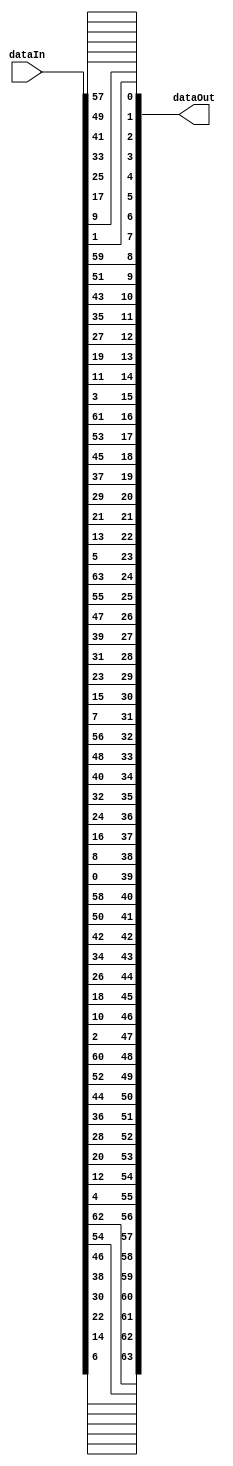
module InitialPermutation(input [0:63] dataIn, output [0:63] dataOut);
    assign dataOut[ 0] = dataIn[57];
    assign dataOut[ 1] = dataIn[49];
    assign dataOut[ 2] = dataIn[41];
    assign dataOut[ 3] = dataIn[33];
    assign dataOut[ 4] = dataIn[25];
    assign dataOut[ 5] = dataIn[17];
    assign dataOut[ 6] = dataIn[ 9];
    assign dataOut[ 7] = dataIn[ 1];
    assign dataOut[ 8] = dataIn[59];
    assign dataOut[ 9] = dataIn[51];
    assign dataOut[10] = dataIn[43];
    assign dataOut[11] = dataIn[35];
    assign dataOut[12] = dataIn[27];
    assign dataOut[13] = dataIn[19];
    assign dataOut[14] = dataIn[11];
    assign dataOut[15] = dataIn[ 3];
    assign dataOut[16] = dataIn[61];
    assign dataOut[17] = dataIn[53];
    assign dataOut[18] = dataIn[45];
    assign dataOut[19] = dataIn[37];
    assign dataOut[20] = dataIn[29];
    assign dataOut[21] = dataIn[21];
    assign dataOut[22] = dataIn[13];
    assign dataOut[23] = dataIn[ 5];
    assign dataOut[24] = dataIn[63];
    assign dataOut[25] = dataIn[55];
    assign dataOut[26] = dataIn[47];
    assign dataOut[27] = dataIn[39];
    assign dataOut[28] = dataIn[31];
    assign dataOut[29] = dataIn[23];
    assign dataOut[30] = dataIn[15];
    assign dataOut[31] = dataIn[ 7];
    assign dataOut[32] = dataIn[56];
    assign dataOut[33] = dataIn[48];
    assign dataOut[34] = dataIn[40];
    assign dataOut[35] = dataIn[32];
    assign dataOut[36] = dataIn[24];
    assign dataOut[37] = dataIn[16];
    assign dataOut[38] = dataIn[ 8];
    assign dataOut[39] = dataIn[ 0];
    assign dataOut[40] = dataIn[58];
    assign dataOut[41] = dataIn[50];
    assign dataOut[42] = dataIn[42];
    assign dataOut[43] = dataIn[34];
    assign dataOut[44] = dataIn[26];
    assign dataOut[45] = dataIn[18];
    assign dataOut[46] = dataIn[10];
    assign dataOut[47] = dataIn[ 2];
    assign dataOut[48] = dataIn[60];
    assign dataOut[49] = dataIn[52];
    assign dataOut[50] = dataIn[44];
    assign dataOut[51] = dataIn[36];
    assign dataOut[52] = dataIn[28];
    assign dataOut[53] = dataIn[20];
    assign dataOut[54] = dataIn[12];
    assign dataOut[55] = dataIn[ 4];
    assign dataOut[56] = dataIn[62];
    assign dataOut[57] = dataIn[54];
    assign dataOut[58] = dataIn[46];
    assign dataOut[59] = dataIn[38];
    assign dataOut[60] = dataIn[30];
    assign dataOut[61] = dataIn[22];
    assign dataOut[62] = dataIn[14];
    assign dataOut[63] = dataIn[ 6];
endmodule
module FinalPermutation(input [0:63] dataIn, output [0:63] dataOut);
    assign dataOut[ 0] = dataIn[39];
    assign dataOut[ 1] = dataIn[ 7];
    assign dataOut[ 2] = dataIn[47];
    assign dataOut[ 3] = dataIn[15];
    assign dataOut[ 4] = dataIn[55];
    assign dataOut[ 5] = dataIn[23];
    assign dataOut[ 6] = dataIn[63];
    assign dataOut[ 7] = dataIn[31];
    assign dataOut[ 8] = dataIn[38];
    assign dataOut[ 9] = dataIn[ 6];
    assign dataOut[10] = dataIn[46];
    assign dataOut[11] = dataIn[14];
    assign dataOut[12] = dataIn[54];
    assign dataOut[13] = dataIn[22];
    assign dataOut[14] = dataIn[62];
    assign dataOut[15] = dataIn[30];
    assign dataOut[16] = dataIn[37];
    assign dataOut[17] = dataIn[ 5];
    assign dataOut[18] = dataIn[45];
    assign dataOut[19] = dataIn[13];
    assign dataOut[20] = dataIn[53];
    assign dataOut[21] = dataIn[21];
    assign dataOut[22] = dataIn[61];
    assign dataOut[23] = dataIn[29];
    assign dataOut[24] = dataIn[36];
    assign dataOut[25] = dataIn[ 4];
    assign dataOut[26] = dataIn[44];
    assign dataOut[27] = dataIn[12];
    assign dataOut[28] = dataIn[52];
    assign dataOut[29] = dataIn[20];
    assign dataOut[30] = dataIn[60];
    assign dataOut[31] = dataIn[28];
    assign dataOut[32] = dataIn[35];
    assign dataOut[33] = dataIn[ 3];
    assign dataOut[34] = dataIn[43];
    assign dataOut[35] = dataIn[11];
    assign dataOut[36] = dataIn[51];
    assign dataOut[37] = dataIn[19];
    assign dataOut[38] = dataIn[59];
    assign dataOut[39] = dataIn[27];
    assign dataOut[40] = dataIn[34];
    assign dataOut[41] = dataIn[ 2];
    assign dataOut[42] = dataIn[42];
    assign dataOut[43] = dataIn[10];
    assign dataOut[44] = dataIn[50];
    assign dataOut[45] = dataIn[18];
    assign dataOut[46] = dataIn[58];
    assign dataOut[47] = dataIn[26];
    assign dataOut[48] = dataIn[33];
    assign dataOut[49] = dataIn[ 1];
    assign dataOut[50] = dataIn[41];
    assign dataOut[51] = dataIn[ 9];
    assign dataOut[52] = dataIn[49];
    assign dataOut[53] = dataIn[17];
    assign dataOut[54] = dataIn[57];
    assign dataOut[55] = dataIn[25];
    assign dataOut[56] = dataIn[32];
    assign dataOut[57] = dataIn[ 0];
    assign dataOut[58] = dataIn[40];
    assign dataOut[59] = dataIn[ 8];
    assign dataOut[60] = dataIn[48];
    assign dataOut[61] = dataIn[16];
    assign dataOut[62] = dataIn[56];
    assign dataOut[63] = dataIn[24];
endmodule
module ExpansionDBoxTable(input [0:31] dataIn, output [0:47] dataOut);
    assign dataOut[ 0] = dataIn[31];
    assign dataOut[ 1] = dataIn[ 0];
    assign dataOut[ 2] = dataIn[ 1];
    assign dataOut[ 3] = dataIn[ 2];
    assign dataOut[ 4] = dataIn[ 3];
    assign dataOut[ 5] = dataIn[ 4];
    assign dataOut[ 6] = dataIn[ 3];
    assign dataOut[ 7] = dataIn[ 4];
    assign dataOut[ 8] = dataIn[ 5];
    assign dataOut[ 9] = dataIn[ 6];
    assign dataOut[10] = dataIn[ 7];
    assign dataOut[11] = dataIn[ 8];
    assign dataOut[12] = dataIn[ 7];
    assign dataOut[13] = dataIn[ 8];
    assign dataOut[14] = dataIn[ 9];
    assign dataOut[15] = dataIn[10];
    assign dataOut[16] = dataIn[11];
    assign dataOut[17] = dataIn[12];
    assign dataOut[18] = dataIn[11];
    assign dataOut[19] = dataIn[12];
    assign dataOut[20] = dataIn[13];
    assign dataOut[21] = dataIn[14];
    assign dataOut[22] = dataIn[15];
    assign dataOut[23] = dataIn[16];
    assign dataOut[24] = dataIn[15];
    assign dataOut[25] = dataIn[16];
    assign dataOut[26] = dataIn[17];
    assign dataOut[27] = dataIn[18];
    assign dataOut[28] = dataIn[19];
    assign dataOut[29] = dataIn[20];
    assign dataOut[30] = dataIn[19];
    assign dataOut[31] = dataIn[20];
    assign dataOut[32] = dataIn[21];
    assign dataOut[33] = dataIn[22];
    assign dataOut[34] = dataIn[23];
    assign dataOut[35] = dataIn[24];
    assign dataOut[36] = dataIn[23];
    assign dataOut[37] = dataIn[24];
    assign dataOut[38] = dataIn[25];
    assign dataOut[39] = dataIn[26];
    assign dataOut[40] = dataIn[27];
    assign dataOut[41] = dataIn[28];
    assign dataOut[42] = dataIn[27];
    assign dataOut[43] = dataIn[28];
    assign dataOut[44] = dataIn[29];
    assign dataOut[45] = dataIn[30];
    assign dataOut[46] = dataIn[31];
    assign dataOut[47] = dataIn[ 0];
endmodule
module StraightDBoxTable(input [0:31] dataIn, output [0:31] dataOut);
    assign dataOut[ 0] = dataIn[15];
    assign dataOut[ 1] = dataIn[ 6];
    assign dataOut[ 2] = dataIn[19];
    assign dataOut[ 3] = dataIn[20];
    assign dataOut[ 4] = dataIn[28];
    assign dataOut[ 5] = dataIn[11];
    assign dataOut[ 6] = dataIn[27];
    assign dataOut[ 7] = dataIn[16];
    assign dataOut[ 8] = dataIn[ 0];
    assign dataOut[ 9] = dataIn[14];
    assign dataOut[10] = dataIn[22];
    assign dataOut[11] = dataIn[25];
    assign dataOut[12] = dataIn[ 4];
    assign dataOut[13] = dataIn[17];
    assign dataOut[14] = dataIn[30];
    assign dataOut[15] = dataIn[ 9];
    assign dataOut[16] = dataIn[ 1];
    assign dataOut[17] = dataIn[ 7];
    assign dataOut[18] = dataIn[23];
    assign dataOut[19] = dataIn[13];
    assign dataOut[20] = dataIn[31];
    assign dataOut[21] = dataIn[26];
    assign dataOut[22] = dataIn[ 2];
    assign dataOut[23] = dataIn[ 8];
    assign dataOut[24] = dataIn[18];
    assign dataOut[25] = dataIn[12];
    assign dataOut[26] = dataIn[29];
    assign dataOut[27] = dataIn[ 5];
    assign dataOut[28] = dataIn[21];
    assign dataOut[29] = dataIn[10];
    assign dataOut[30] = dataIn[ 3];
    assign dataOut[31] = dataIn[24];
endmodule
module ParityBitDropTable(input [0:63] dataIn, output [0:55] dataOut);
    assign dataOut[ 0] = dataIn[56];
    assign dataOut[ 1] = dataIn[48];
    assign dataOut[ 2] = dataIn[40];
    assign dataOut[ 3] = dataIn[32];
    assign dataOut[ 4] = dataIn[24];
    assign dataOut[ 5] = dataIn[16];
    assign dataOut[ 6] = dataIn[ 8];
    assign dataOut[ 7] = dataIn[ 0];
    assign dataOut[ 8] = dataIn[57];
    assign dataOut[ 9] = dataIn[49];
    assign dataOut[10] = dataIn[41];
    assign dataOut[11] = dataIn[33];
    assign dataOut[12] = dataIn[25];
    assign dataOut[13] = dataIn[17];
    assign dataOut[14] = dataIn[ 9];
    assign dataOut[15] = dataIn[ 1];
    assign dataOut[16] = dataIn[58];
    assign dataOut[17] = dataIn[50];
    assign dataOut[18] = dataIn[42];
    assign dataOut[19] = dataIn[34];
    assign dataOut[20] = dataIn[26];
    assign dataOut[21] = dataIn[18];
    assign dataOut[22] = dataIn[10];
    assign dataOut[23] = dataIn[ 2];
    assign dataOut[24] = dataIn[59];
    assign dataOut[25] = dataIn[51];
    assign dataOut[26] = dataIn[43];
    assign dataOut[27] = dataIn[35];
    assign dataOut[28] = dataIn[62];
    assign dataOut[29] = dataIn[54];
    assign dataOut[30] = dataIn[46];
    assign dataOut[31] = dataIn[38];
    assign dataOut[32] = dataIn[30];
    assign dataOut[33] = dataIn[22];
    assign dataOut[34] = dataIn[14];
    assign dataOut[35] = dataIn[ 6];
    assign dataOut[36] = dataIn[61];
    assign dataOut[37] = dataIn[53];
    assign dataOut[38] = dataIn[45];
    assign dataOut[39] = dataIn[37];
    assign dataOut[40] = dataIn[29];
    assign dataOut[41] = dataIn[21];
    assign dataOut[42] = dataIn[13];
    assign dataOut[43] = dataIn[ 5];
    assign dataOut[44] = dataIn[60];
    assign dataOut[45] = dataIn[52];
    assign dataOut[46] = dataIn[44];
    assign dataOut[47] = dataIn[36];
    assign dataOut[48] = dataIn[28];
    assign dataOut[49] = dataIn[20];
    assign dataOut[50] = dataIn[12];
    assign dataOut[51] = dataIn[ 4];
    assign dataOut[52] = dataIn[27];
    assign dataOut[53] = dataIn[19];
    assign dataOut[54] = dataIn[11];
    assign dataOut[55] = dataIn[ 3];
endmodule
module KeyCompressionTable(input [0:55] dataIn, output [0:47] dataOut);
    assign dataOut[ 0] = dataIn[13];
    assign dataOut[ 1] = dataIn[16];
    assign dataOut[ 2] = dataIn[10];
    assign dataOut[ 3] = dataIn[23];
    assign dataOut[ 4] = dataIn[ 0];
    assign dataOut[ 5] = dataIn[ 4];
    assign dataOut[ 6] = dataIn[ 2];
    assign dataOut[ 7] = dataIn[27];
    assign dataOut[ 8] = dataIn[14];
    assign dataOut[ 9] = dataIn[ 5];
    assign dataOut[10] = dataIn[20];
    assign dataOut[11] = dataIn[ 9];
    assign dataOut[12] = dataIn[22];
    assign dataOut[13] = dataIn[18];
    assign dataOut[14] = dataIn[11];
    assign dataOut[15] = dataIn[ 3];
    assign dataOut[16] = dataIn[25];
    assign dataOut[17] = dataIn[ 7];
    assign dataOut[18] = dataIn[15];
    assign dataOut[19] = dataIn[ 6];
    assign dataOut[20] = dataIn[26];
    assign dataOut[21] = dataIn[19];
    assign dataOut[22] = dataIn[12];
    assign dataOut[23] = dataIn[ 1];
    assign dataOut[24] = dataIn[40];
    assign dataOut[25] = dataIn[51];
    assign dataOut[26] = dataIn[30];
    assign dataOut[27] = dataIn[36];
    assign dataOut[28] = dataIn[46];
    assign dataOut[29] = dataIn[54];
    assign dataOut[30] = dataIn[29];
    assign dataOut[31] = dataIn[39];
    assign dataOut[32] = dataIn[50];
    assign dataOut[33] = dataIn[44];
    assign dataOut[34] = dataIn[32];
    assign dataOut[35] = dataIn[47];
    assign dataOut[36] = dataIn[43];
    assign dataOut[37] = dataIn[48];
    assign dataOut[38] = dataIn[38];
    assign dataOut[39] = dataIn[55];
    assign dataOut[40] = dataIn[33];
    assign dataOut[41] = dataIn[52];
    assign dataOut[42] = dataIn[45];
    assign dataOut[43] = dataIn[41];
    assign dataOut[44] = dataIn[49];
    assign dataOut[45] = dataIn[35];
    assign dataOut[46] = dataIn[28];
    assign dataOut[47] = dataIn[31];
endmodule